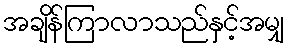
အချိန်ကြာလာသည်နှင့်အမျှ